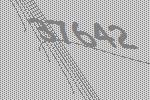
37642